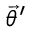
\ensuremath { \vec { \theta } } ^ { \prime }